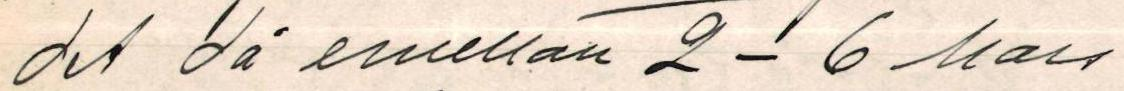
det då emellan 2-6 Mars